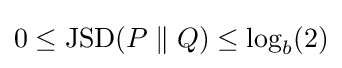
0\leq {\rm {JSD}}(P\parallel Q)\leq \log _{b}(2)